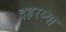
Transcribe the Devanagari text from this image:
द्रहरव्या